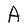
Character: A